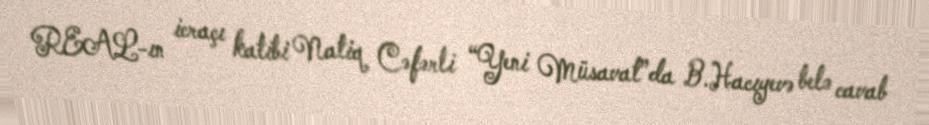
REAL-ın icraçı katibi Natiq Cəfərli “Yeni Müsavat”da B.Hacıyevə belə cavab